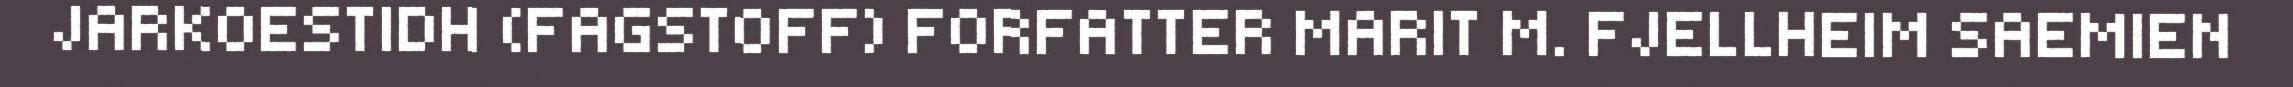
JARKOESTIDH (FAGSTOFF) FORFATTER MARIT M. FJELLHEIM SAEMIEN